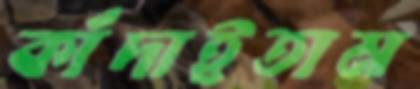
কাঁদাইতাম